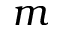
m